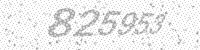
Solution: 825953